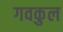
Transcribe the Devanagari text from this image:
गवकुल